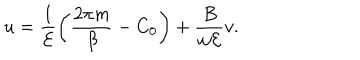
u = \frac { 1 } { { \cal E } } \left( \frac { 2 \pi m } { \beta } - C _ { 0 } \right) + \frac { B } { w { \cal E } } v .